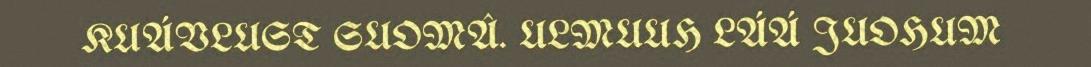
KUÁVLUST SUOMÂ. ULMUUH LÁÁ JUOHUM